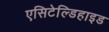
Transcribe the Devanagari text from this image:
एसिटेल्डिहाइड